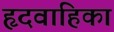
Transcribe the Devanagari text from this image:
हृदवाहिका